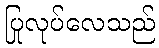
ပြုလုပ်လေသည်